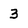
Character: 3